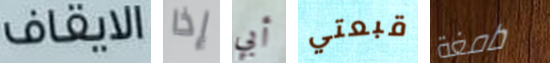
الايقاف إذا أبي قبعتي دامغة